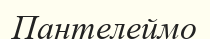
Пантелеймо